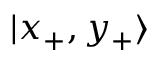
| x _ { + } , y _ { + } \rangle